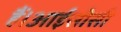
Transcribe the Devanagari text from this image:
हैं।आईसीसी